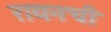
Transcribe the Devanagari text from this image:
रायनची